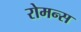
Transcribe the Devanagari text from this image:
रोमन्स